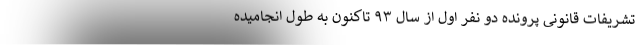
تشریفات قانونی پرونده دو نفر اول از سال ۹۳ تاکنون به طول انجامیده